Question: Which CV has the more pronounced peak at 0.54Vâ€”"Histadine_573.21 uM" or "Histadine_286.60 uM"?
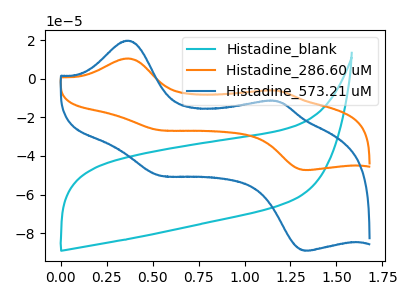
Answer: <think>The cyan curve "Histadine_blank" has no peaks. The orange curve "Histadine_286.60 uM" has anodic peaks at (0.35V, 10.45uA) (1.20V, -6.20uA) and cathodic peaks at (0.55V, -26.60uA) (1.35V, -47.30uA). The blue curve "Histadine_573.21 uM" has anodic peaks at (0.35V, 19.70uA) (1.20V, -11.65uA) and cathodic peaks at (0.55V, -50.10uA) (1.35V, -89.00uA).</think>
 <answer>The peak at 0.54V is higher in "Histadine_573.21 uM" than in "Histadine_286.60 uM".</answer>
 <eval>higher</eval>